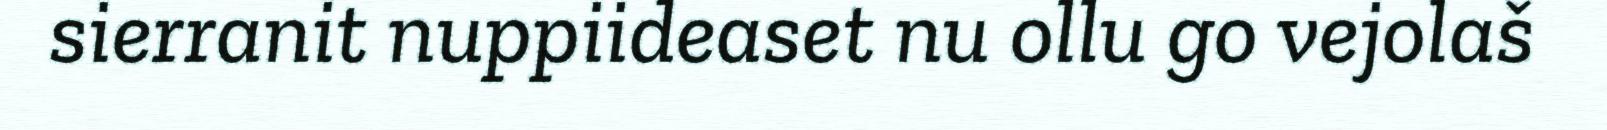
sierranit nuppiideaset nu ollu go vejolaš